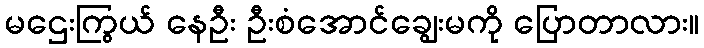
မဌေးကြွယ် နေဦး ဦးစံအောင်ချွေးမကို ပြောတာလား။